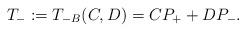
LaTeX: \begin{align*} T_- := T_{-B}(C,D) = C P_+ + D P_-.\end{align*}